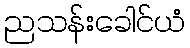
ညသန်းခေါင်ယံ